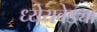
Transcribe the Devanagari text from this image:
ध्येेयवेड्या